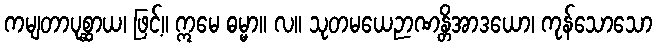
ကမျတာပုစ္ဆာယ၊ ဖြင့်။ ဣမေ ဓမ္မာ။ လ။ သုတမယေဉာဏန္တိအာဒယော၊ ကုန်သောသော